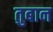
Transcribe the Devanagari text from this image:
तुबान